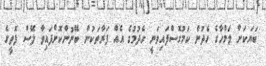
ބަޔަކަށް ލަމްހާގެ ހެދުން ކަމުގޮސްފައިވަނީ ހެދުމުގެ އެއް ފަރާތަކުން ބޭނުންކޮށްފައިވާ ލޭސް ފޮތީގެ